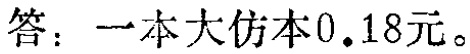
答：一本大仿本\(0.18\)元。